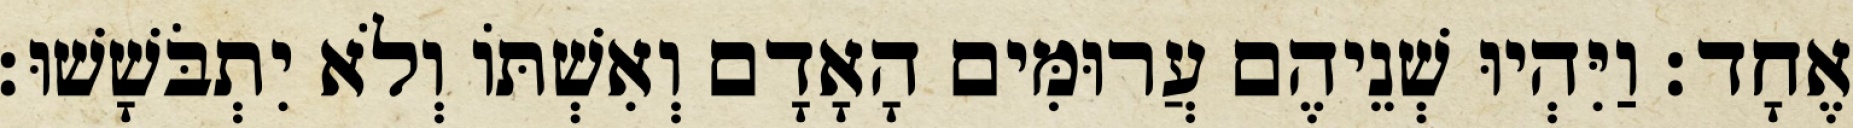
אֶחָד׃ וַיִּהְיוּ שְׁנֵיהֶם עֲרוּמִּים הָאָדָם וְאִשְׁתֹּו וְלֹא יִתְבֹּשָׁשׁוּ׃